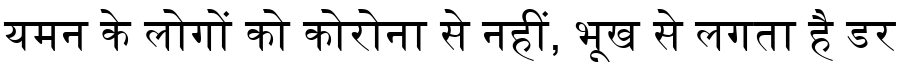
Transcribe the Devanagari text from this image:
यमन के लोगों को कोरोना से नहीं, भूख से लगता है डर